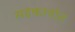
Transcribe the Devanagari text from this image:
सहकार्यात